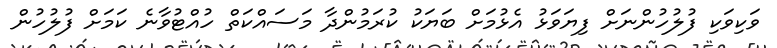
ވަކިވަކި ފުލުހުންނަށް ފިޔަވަޅު އެޅުމަށް ބަޔަކު ކުރަމުންދާ މަސައްކަތް ހުއްޓުވާނެ ކަމަށް ފުލުހުން